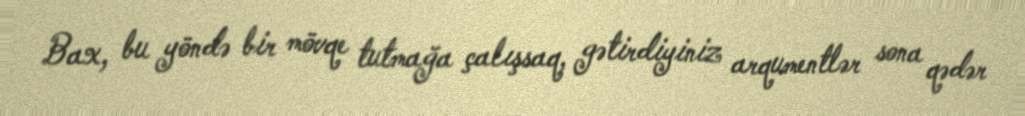
Bax, bu yöndə bir mövqe tutmağa çalışsaq, gətirdiyiniz arqumentlər sona qədər